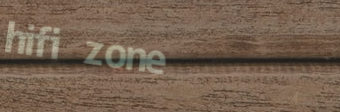
hifi zone